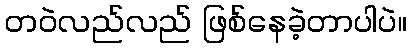
တဝဲလည်လည် ဖြစ်နေခဲ့တာပါပဲ။